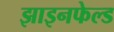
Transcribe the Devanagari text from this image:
झाइनफेल्ड